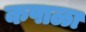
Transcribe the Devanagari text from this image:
कपाळा